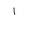
Letter: _alif